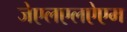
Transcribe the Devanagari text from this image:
जेएलएलऐएम